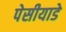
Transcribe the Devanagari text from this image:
पेसीयाडे